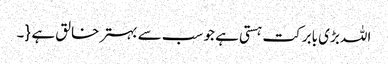
اللہ بڑی بابرکت ہستی ہے جو سب سے بہتر خالق ہے {۔